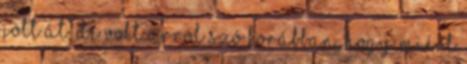
jött át, de volt arról szó korábban, hogy miért